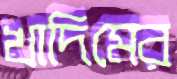
খাদিমের